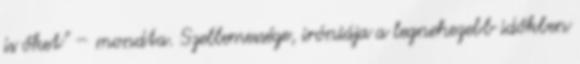
is őket” – mondta. Szellemessége, iróniája a legnehezebb időkben